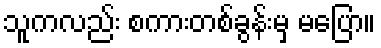
သူကလည်း စကားတစ်ခွန်းမှ မပြော။